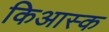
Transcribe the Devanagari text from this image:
किआस्क